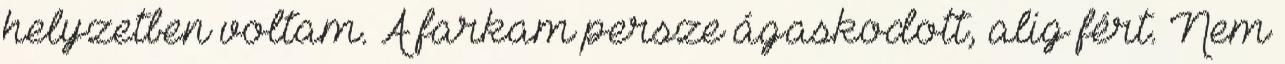
helyzetben voltam. A farkam persze ágaskodott, alig fért. Nem